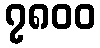
၇၈၀၀